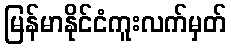
မြန်မာနိုင်ငံကူးလက်မှတ်